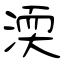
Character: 渜